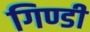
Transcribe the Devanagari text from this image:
गिण्डी